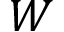
W